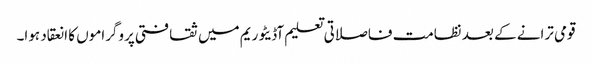
قومی ترانے کے بعد نظامت فاصلاتی تعلیم آڈیٹوریم میں ثقافتی پروگراموں کا انعقاد ہوا۔